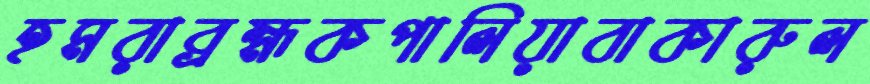
হমরাব্রহ্মকপালিয়াবাকারুল